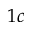
1 c